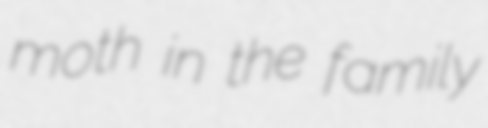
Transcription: moth in the family